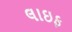
લાઇફ